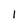
Character: 1